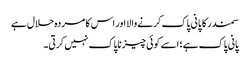
سمندر کا پانی پاک کرنےوالا اور اس کا مردہ حلال ہے
پانی پاک ہے؛ اسے کوئی چیز ناپاک نہیں کرتی۔